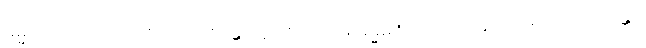
ဓမ္မယာဂံ၊ တရားယဇ်ကို။ ယဇန္တော၊ ပူဇော်လျက်။ ဓမ္မဓဇံ၊ တရားအောင်လံကို။ ပဂ္ဂဏှန္တော၊